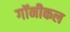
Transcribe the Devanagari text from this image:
गॉनीकल